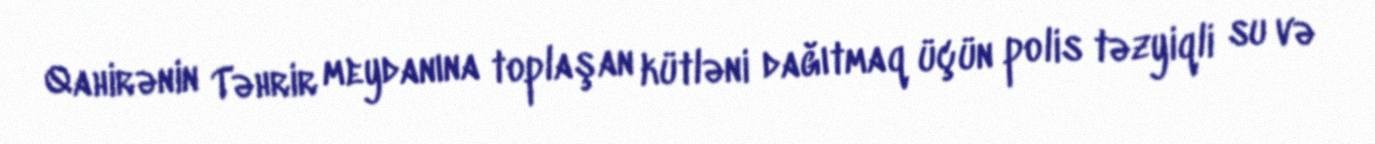
Qahirənin Təhrir meydanına toplaşan kütləni dağıtmaq üçün polis təzyiqli su və